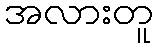
အလားတူ